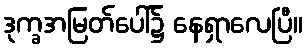
ဒုက္ခအမြတ်ပေါ်၌ နေရှာလေပြီ။